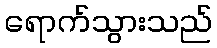
ရောက်သွားသည်